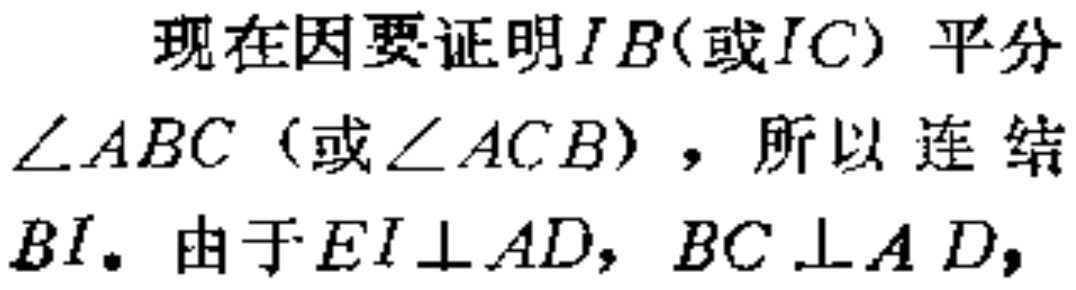
现在因要证明\(IB\)(或\(IC\)) 平分\(\angle ABC\) (或\(\angle ACB\))，所以 连 结\(BI\)。由于\(EI\perp AD\)，\(BC\perp AD\)，